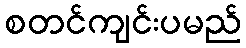
စတင်ကျင်းပမည်